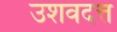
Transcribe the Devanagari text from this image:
उशवदत्त